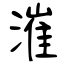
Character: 漼